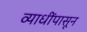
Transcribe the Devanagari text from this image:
व्याधींपासून